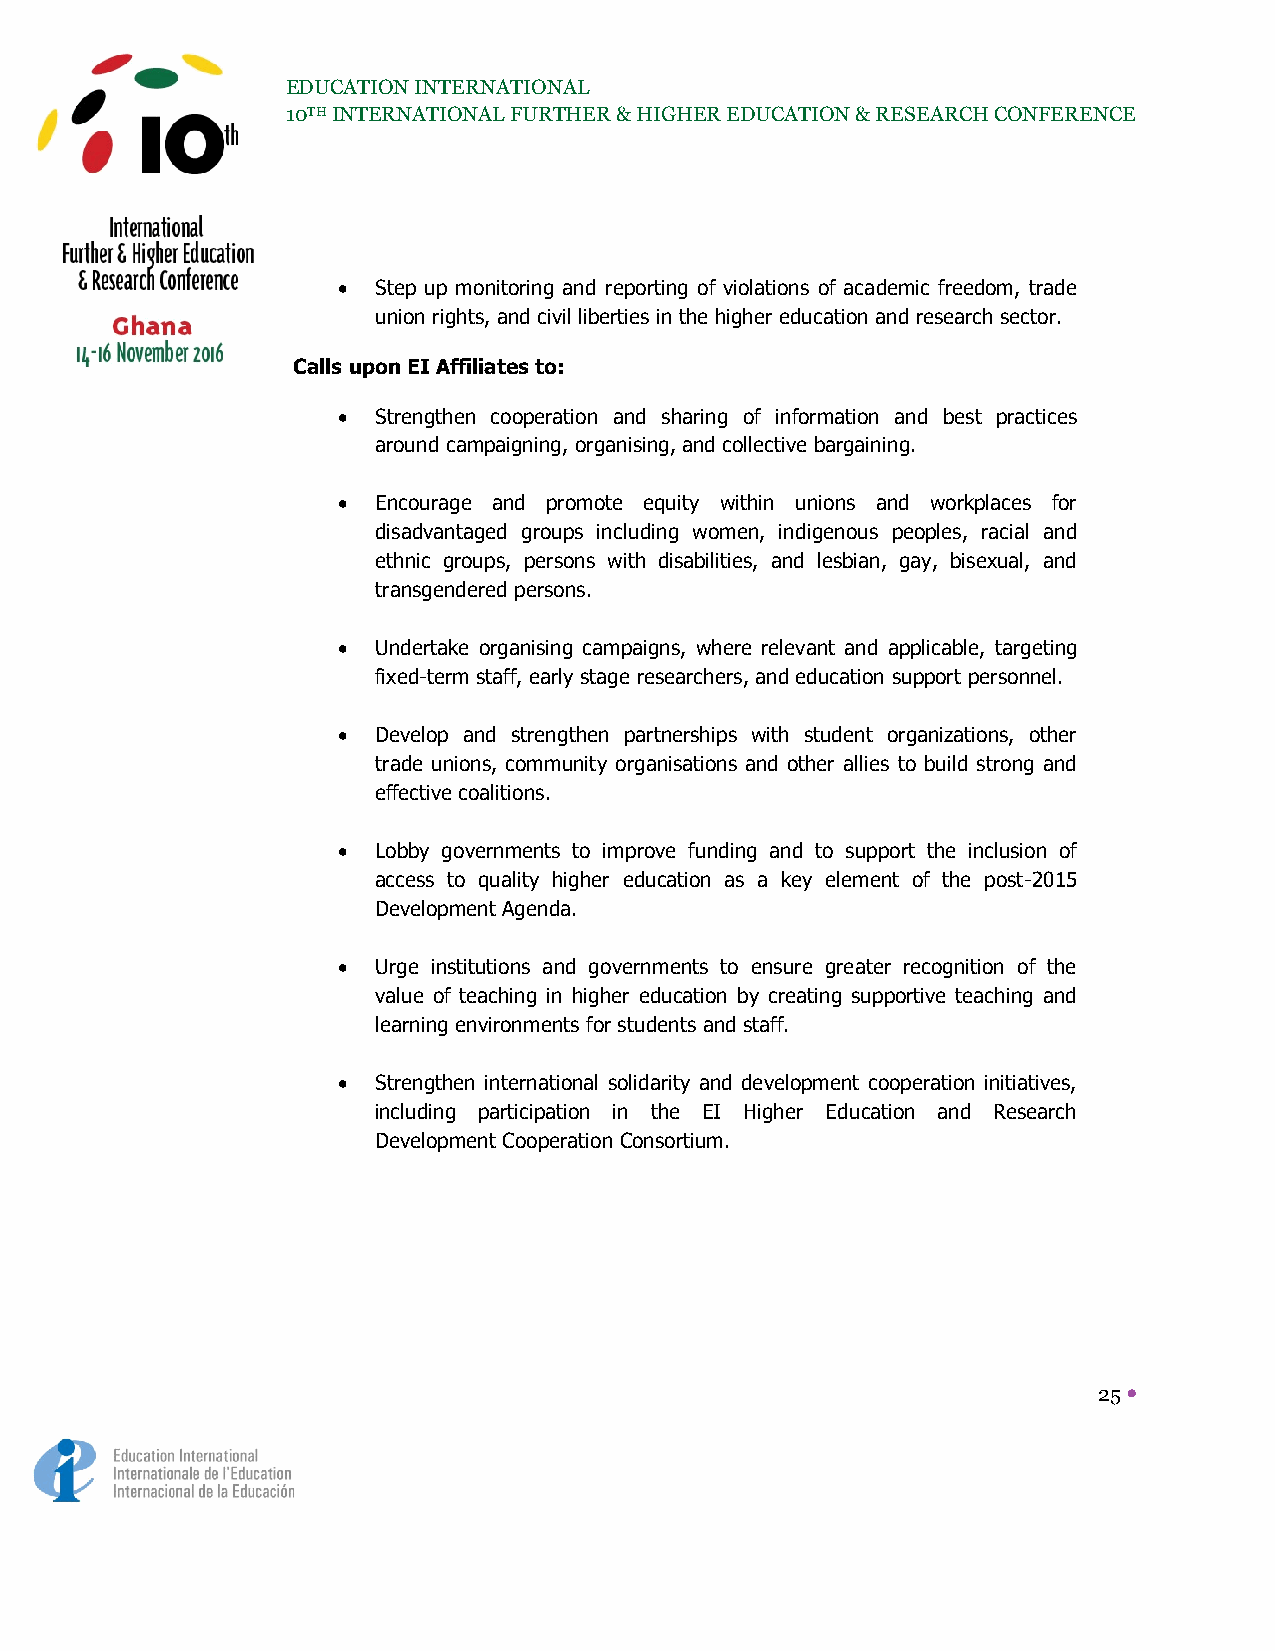
EDUCATION INTERNATIONAL
 10TH INTERNATIONAL FURTHER & HIGHER EDUCATION & RESEARCH CONFERENCE
   Step up monitoring and reporting of violations of academic freedom, trade
 union rights, and civil liberties in the higher education and research sector.
 Calls upon EI Affiliates to:
   Strengthen cooperation and sharing of information and best practices
 around campaigning, organising, and collective bargaining.
   Encourage and promote equity within unions and workplaces for
 disadvantaged groups including women, indigenous peoples, racial and
 ethnic groups, persons with disabilities, and lesbian, gay, bisexual, and
 transgendered persons.
   Undertake organising campaigns, where relevant and applicable, targeting
 fixed-term staff, early stage researchers, and education support personnel.
   Develop and strengthen partnerships with student organizations, other
 trade unions, community organisations and other allies to build strong and
 effective coalitions.
   Lobby governments to improve funding and to support the inclusion of
 access to quality higher education as a key element of the post-2015
 Development Agenda.
   Urge institutions and governments to ensure greater recognition of the
 value of teaching in higher education by creating supportive teaching and
 learning environments for students and staff.
   Strengthen international solidarity and development cooperation initiatives,
 including participation in the EI Higher Education and Research
 Development Cooperation Consortium.
 25 